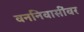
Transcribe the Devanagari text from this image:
वननिवासींवर